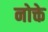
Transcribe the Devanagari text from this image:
नोक्ते